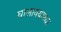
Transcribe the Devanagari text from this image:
घालावयाच्या